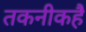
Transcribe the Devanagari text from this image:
तकनीकहै